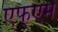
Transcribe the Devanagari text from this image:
एफ्एम